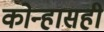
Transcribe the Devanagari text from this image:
कोन्हासही